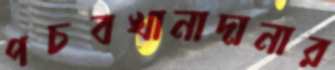
পচবখানাদানার